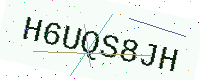
Text: H6UQS8JH